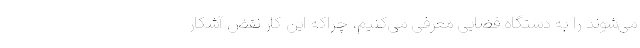
می‌شوند را به دستگاه قضایی معرفی می‌کنیم، چراکه این کار نقض آشکار